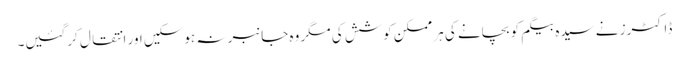
ڈاکٹرز نے سیدہ بیگم کو بچانے کی ہر ممکن کوشش کی مگر وہ جانبر نہ ہوسکیں اور انتقال کرگئیں۔